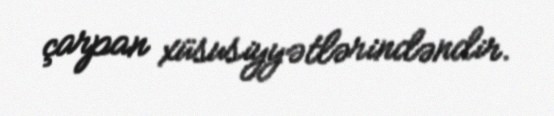
çarpan xüsusiyyətlərindəndir.